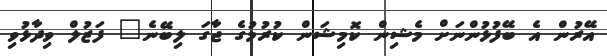
އޭރުން އެ ބޭފުޅުންނަށް މެޝިން ކޮމިޝަން ކުރުމުގެ ޖާގަ ލިބޭނެ" ފަޒުލް ވިދާޅުވި